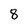
Character: 8